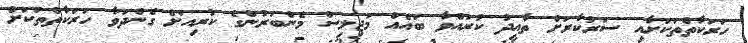
ހަރަކާތްތަކަށާއި ސަރުކާރަށް ތާއީދު ކުރައްވާ ބައެއް މަޖިލިސް މެންބަރުންގެ ކުރިއަށް ގެންދަވާ ހަރަކާތްތަކަށް